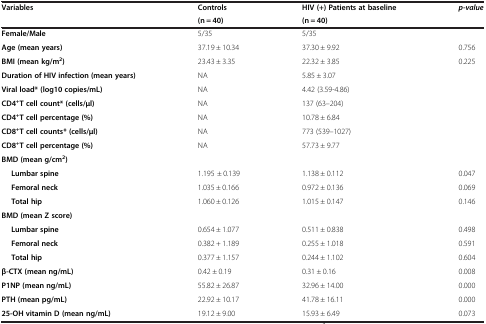
<table><thead><tr><td><b>Variables</b></td><td><b>Controls</b></td><td><b>HIV (+) Patients at baseline</b></td><td><b><i>p-</i><i>value</i></b></td></tr><tr><td><b> </b></td><td><b>(n = 40)</b></td><td><b>(n = 40)</b></td><td><b> </b></td></tr></thead><tbody><tr><td><b>Female/</b><b>Male</b></td><td>5/35</td><td>5/35</td><td> </td></tr><tr><td><b>Age </b><b>(mean years)</b></td><td>37.19 ± 10.34</td><td>37.30 ± 9.92</td><td>0.756</td></tr><tr><td><b>BMI </b><b>(mean kg/</b><b>m</b><sup><b>2</b></sup><b>)</b></td><td>23.43 ± 3.35</td><td>22.32 ± 3.85</td><td>0.225</td></tr><tr><td><b>Duration of HIV infection </b><b>(mean years)</b></td><td>NA</td><td>5.85 ± 3.07</td><td> </td></tr><tr><td><b>Viral load* </b><b>(log10 copies/</b><b>mL)</b></td><td>NA</td><td>4.42 (3.59-4.86)</td><td> </td></tr><tr><td><b>CD4</b><sup><b>+</b></sup><b>T cell count* </b><b>(cells/</b><b>μl)</b></td><td>NA</td><td>137 (63–204)</td><td> </td></tr><tr><td><b>CD4</b><sup><b>+</b></sup><b>T cell percentage (%)</b></td><td>NA</td><td>10.78 ± 6.84</td><td> </td></tr><tr><td><b>CD8</b><sup><b>+</b></sup><b>T cell counts* </b><b>(cells/</b><b>μl)</b></td><td>NA</td><td>773 (539–1027)</td><td> </td></tr><tr><td><b>CD8</b><sup><b><i>+</i></b></sup><b>T cell percentage (%)</b></td><td>NA</td><td>57.73 ± 9.77</td><td> </td></tr><tr><td><b>BMD </b><b>(mean g/</b><b>cm</b><sup><b>2</b></sup><b>)</b></td><td> </td><td> </td><td> </td></tr><tr><td><b>Lumbar spine</b></td><td>1.195 ± 0.139</td><td>1.138 ± 0.112</td><td>0.047</td></tr><tr><td><b>Femoral neck</b></td><td>1.035 ± 0.166</td><td>0.972 ± 0.136</td><td>0.069</td></tr><tr><td><b>Total hip</b></td><td>1.060 ± 0.126</td><td>1.015 ± 0.147</td><td>0.146</td></tr><tr><td><b>BMD </b><b>(mean Z score)</b></td><td> </td><td> </td><td> </td></tr><tr><td><b>Lumbar spine</b></td><td>0.654 ± 1.077</td><td>0.511 ± 0.838</td><td>0.498</td></tr><tr><td><b>Femoral neck</b></td><td>0.382 + 1.189</td><td>0.255 ± 1.018</td><td>0.591</td></tr><tr><td><b>Total hip</b></td><td>0.377 ± 1.157</td><td>0.244 ± 1.102</td><td>0.604</td></tr><tr><td><b>β-CTX </b><b>(mean ng/</b><b>mL)</b></td><td>0.42 ± 0.19</td><td>0.31 ± 0.16</td><td>0.008</td></tr><tr><td><b>P1NP </b><b>(mean ng/</b><b>mL)</b></td><td>55.82 ± 26.87</td><td>32.96 ± 14.00</td><td>0.000</td></tr><tr><td><b>PTH </b><b>(mean pg/</b><b>mL)</b></td><td>22.92 ± 10.17</td><td>41.78 ± 16.11</td><td>0.000</td></tr><tr><td><b>25-</b><b>OH vitamin D </b><b>(mean ng/</b><b>mL)</b></td><td>19.12 ± 9.00</td><td>15.93 ± 6.49</td><td>0.073</td></tr></tbody></table>